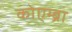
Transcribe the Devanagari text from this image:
कोएम्ब्रा